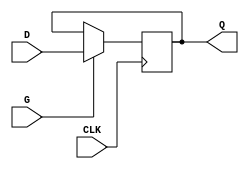
module edge_triggered_gated_latch (
    input wire D,      // Data input
    input wire CLK,    // Clock input
    input wire G,      // Gate input
    output reg Q       // Output
);

    always @(posedge CLK) begin
        if (G) begin
            Q <= D;   // Capture data D when CLK rises and G is high
        end
        // If G is low, Q retains its previous value (no action taken)
    end

endmodule